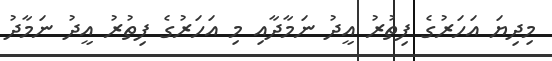
މިދިޔަ އަހަރުގެ ފިތުރު އީދު ނަމާދާއި މި އަހަރުގެ ފިތުރު އީދު ނަމާދު